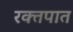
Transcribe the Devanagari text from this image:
रक्‍तपात